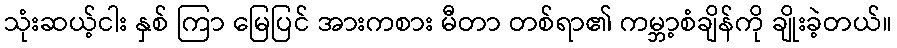
သုံးဆယ့်ငါး နှစ် ကြာ မြေပြင် အားကစား မီတာ တစ်ရာ၏ ကမ္ဘာ့စံချိန်ကို ချိုးခဲ့တယ်။